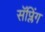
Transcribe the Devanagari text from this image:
सॅप्लिंग